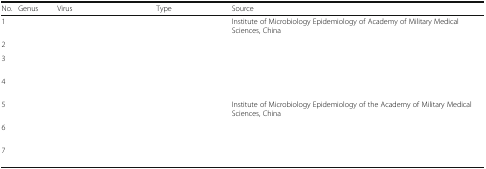
<table><thead><tr><td><b>No.</b></td><td><b>Genus</b></td><td><b>Virus</b></td><td><b>Type</b></td><td><b>Source</b></td></tr></thead><tbody><tr><td>1</td><td rowspan="4">[EMPTY_CELL]</td><td>[EMPTY_CELL]</td><td>[EMPTY_CELL]</td><td>Institute of Microbiology Epidemiology of Academy of Military Medical Sciences, China</td></tr><tr><td>2</td><td>[EMPTY_CELL]</td><td>[EMPTY_CELL]</td><td>[EMPTY_CELL]</td></tr><tr><td>3</td><td>[EMPTY_CELL]</td><td>[EMPTY_CELL]</td><td>[EMPTY_CELL]</td></tr><tr><td>4</td><td>[EMPTY_CELL]</td><td>[EMPTY_CELL]</td><td>[EMPTY_CELL]</td></tr><tr><td>5</td><td rowspan="3">[EMPTY_CELL]</td><td>[EMPTY_CELL]</td><td>[EMPTY_CELL]</td><td>Institute of Microbiology Epidemiology of the Academy of Military Medical Sciences, China</td></tr><tr><td>6</td><td>[EMPTY_CELL]</td><td>[EMPTY_CELL]</td><td>[EMPTY_CELL]</td></tr><tr><td>7</td><td>[EMPTY_CELL]</td><td>[EMPTY_CELL]</td><td>[EMPTY_CELL]</td></tr></tbody></table>